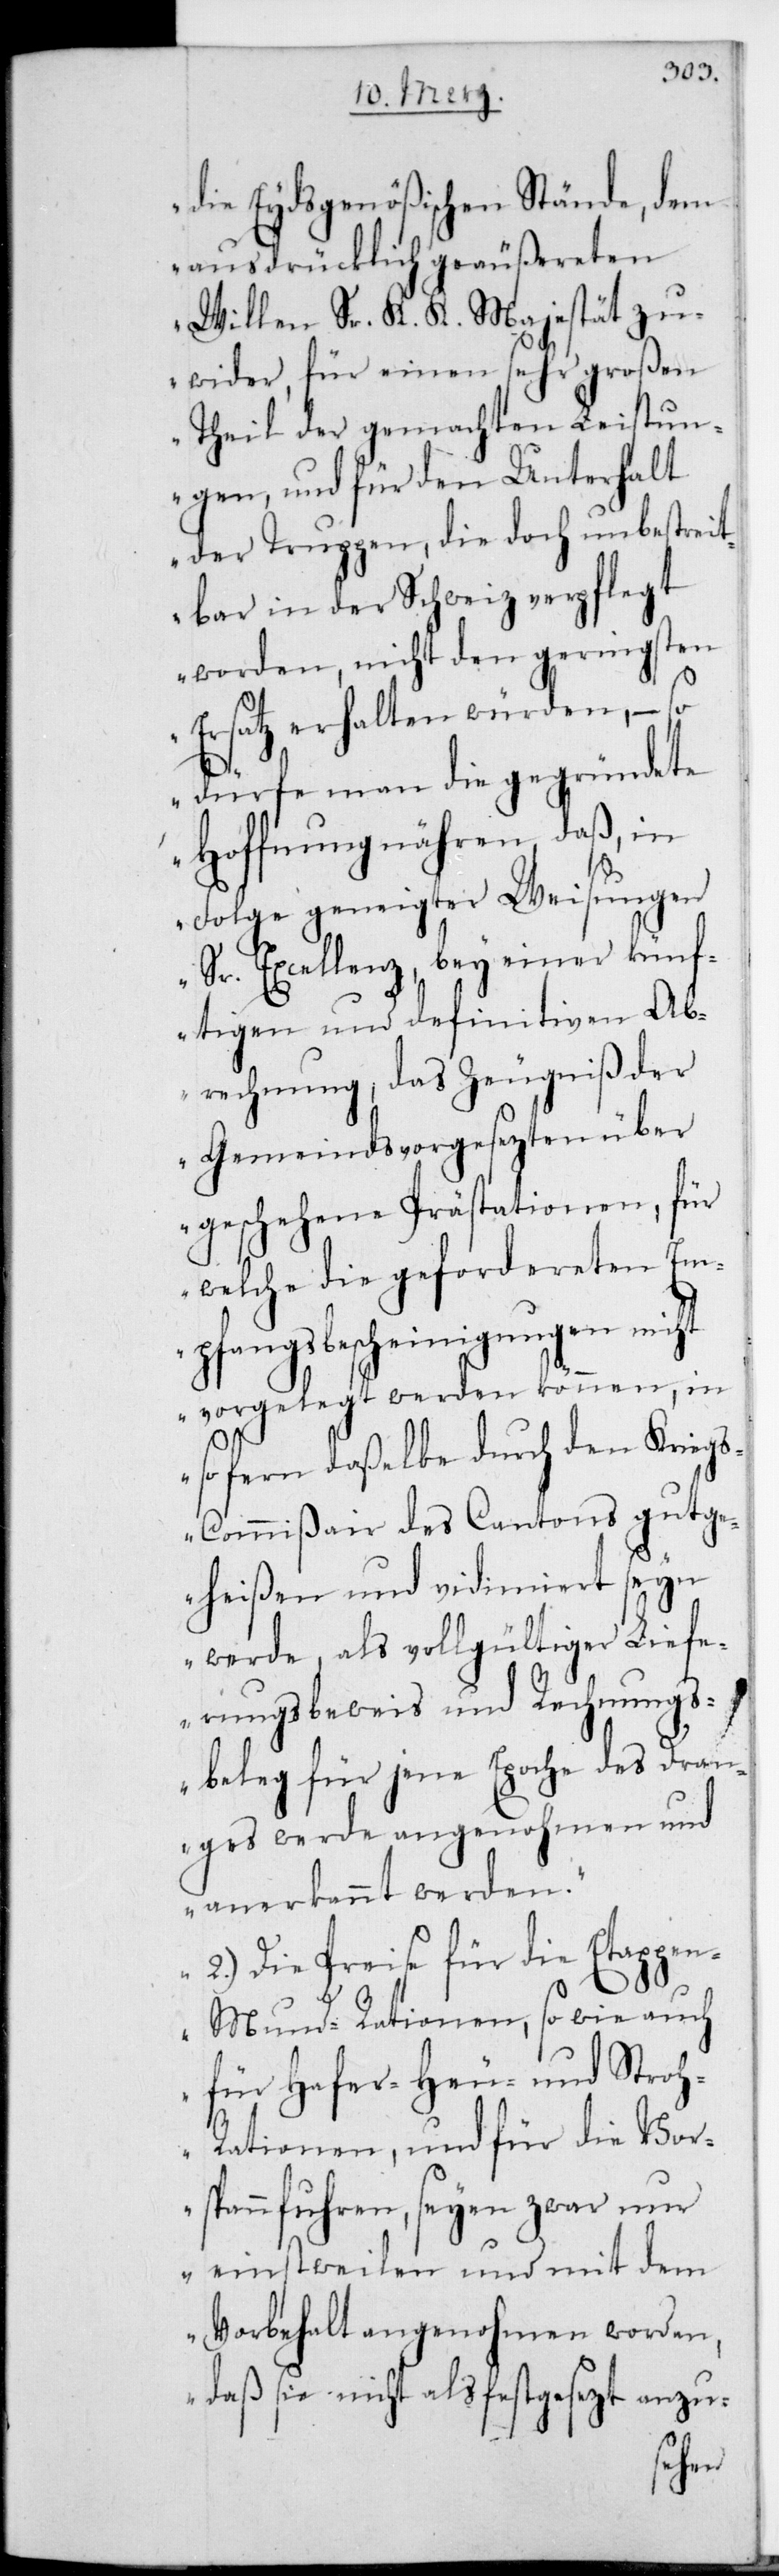
die Eydsgenößischen Stände, dem
ausdrücklich geäußereten
Willen Sr. K. K. Majestät zu¬
wider, für einen sehr großen
Theil der gemachten Leistun¬
gen, und für den Unterhalt
der Truppen, die doch unbestreit¬
bar in der Schweiz verpflegt
worden, nicht den geringsten
Ersatz erhalten würden, – so
dürfe man die gegründete
Hoffnung nähren, daß in
Folge geneigter Weisungen
Sr. Excellenz, bey einer künf¬
tigen und definitiven Ab¬
rechnung, das Zeugnis der
Gemeindsvorgesezten über
geschehene Prästationen, für
welche die gefordereten Em¬
pfangsbescheinigungen nicht
vorgelegt werden können, in
sofern daßelbe durch den Krieg¬
scommißair des Cantons gutge¬
heißen und vidimiert sein
werde, als vollgütiger Liefe¬
rungsbeweis und Rechnungs¬
beleg für jene Epoche des Dran¬
ges werde angenohmen und
anerkannt werden.
2.) Die Preise für die Etappen
Mundrationen, sowie auch
für Hafer-[,] Heu- und Stroh-R¬
ationen und für die Vor¬
spannfuhren, seyen zwar nur
einstweilen und mit dem
Vorbehalt angenohmen worden,
daß sie nicht als festgesezt anzu-